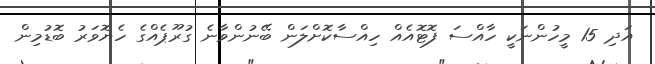
އަދި 15 މީހުންނަކީ ހާއްސަ ފޮޓޮއެއް ހިއްސާކޮށްލަން ބޭނުންވާނެ ގުރޫޕެއްގެ ހެޔޮވަރު ބޮޑުމިން